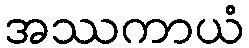
အဿကာယံ